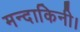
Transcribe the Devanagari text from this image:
मन्दाकिनी।